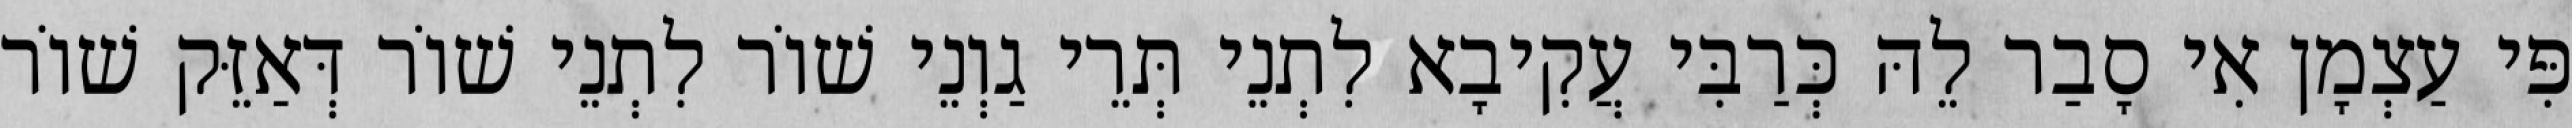
פִּי עַצְמָן אִי סָבַר לֵהּ כְּרַבִּי עֲקִיבָא לִתְנֵי תְּרֵי גַוְנֵי שׁוֹר לִתְנֵי שׁוֹר דְּאַזֵּק שׁוֹר